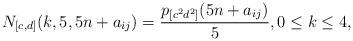
LaTeX: \begin{align*}N_{[c,d]}(k,5,5n+a_{ij})=\frac{p_{[c^2d^2]}(5n+a_{ij})}{5}, 0\leq k \leq 4,\end{align*}